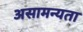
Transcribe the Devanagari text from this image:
असामन्यता